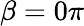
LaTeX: \beta=0\pi